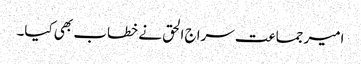
امیر جماعت سراج الحق نے خطاب بھی کیا۔